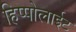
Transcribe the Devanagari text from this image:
हिप्पोलाईट